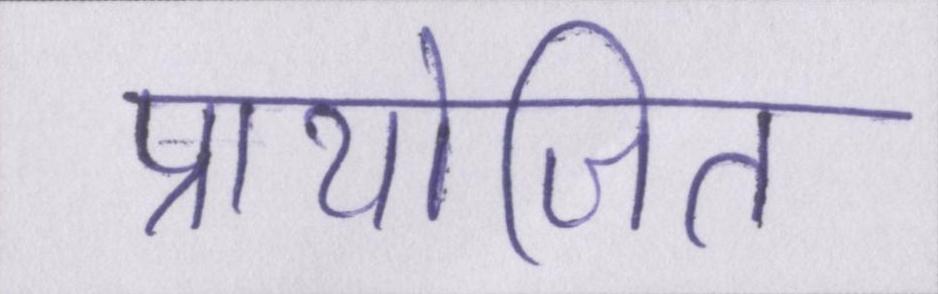
प्रायोजित